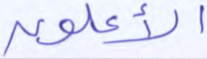
الأعلون